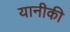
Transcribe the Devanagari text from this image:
यानीकी